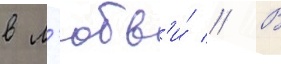
в л'юбв'и́ // В